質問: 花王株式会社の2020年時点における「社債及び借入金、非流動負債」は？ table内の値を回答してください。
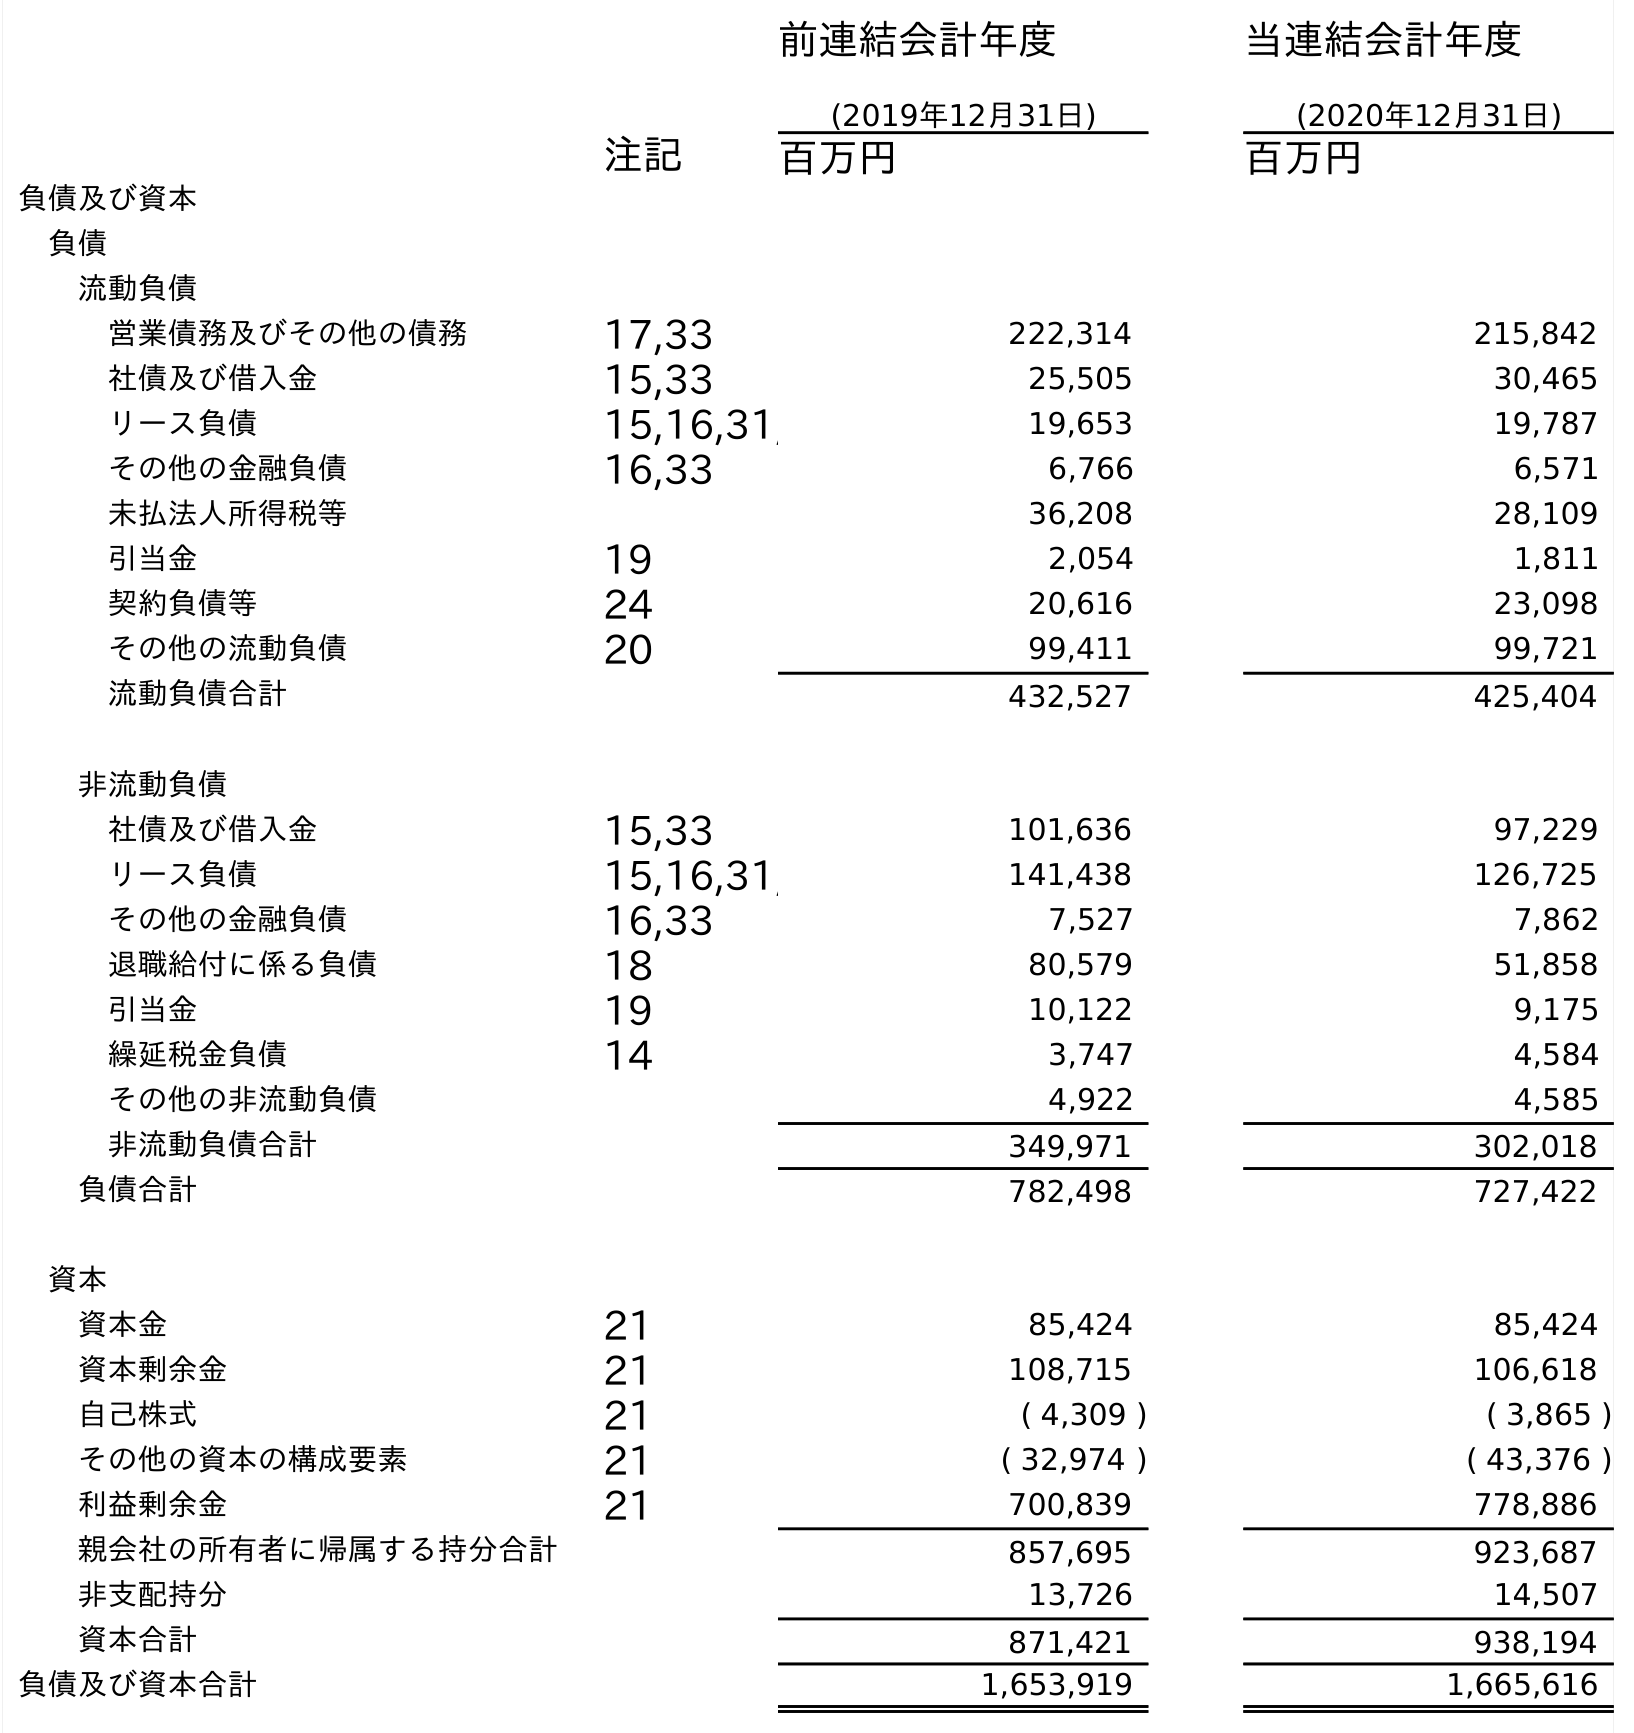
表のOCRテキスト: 前連結会計年度 (2019年12月31日) 当連結会計年度 (2020年12月31日) 注記 百万円 百万円 負債及び資本 負債 流動負債 営業債務及びその他の債務 17,33 222,314 215,842 社債及び借入金 15,33 25,505 30,465 リース負債 15,16,31, 19,653 19,787 その他の金融負債 16,33 6,766 6,571 未払法人所得税等 36,208 28,109 引当金 19 2,054 1,811 契約負債等 24 20,616 23,098 その他の流動負債 20 99,411 99,721 流動負債合計 432,527 425,404 非流動負債 社債及び借入金 15,33 101,636 97,229 リース負債 15,16,31, 141,438 126,725 その他の金融負債 16,33 7,527 7,862 退職給付に係る負債 18 80,579 51,858 引当金 19 10,122 9,175 繰延税金負債 14 3,747 4,584 その他の非流動負債 4,922 4,585 非流動負債合計 349,971 302,018 負債合計 782,498 727,422 資本 資本金 21 85,424 85,424 資本剰余金 21 108,715 106,618 自己株式 21 ( 4,309 ) ( 3,865 ) その他の資本の構成要素 21 ( 32,974 ) ( 43,376 ) 利益剰余金 21 700,839 778,886 親会社の所有者に帰属する持分合計 857,695 923,687 非支配持分 13,726 14,507 資本合計 871,421 938,194 負債及び資本合計 1,653,919 1,665,616
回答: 97,229